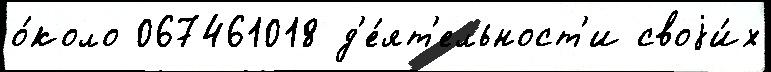
о́коло 067461018 д'е́ят'ельност'и своjи́х